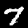
Label: 7